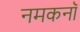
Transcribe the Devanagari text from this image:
नमकनॉ